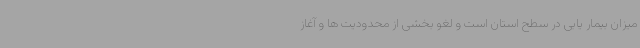
میزان بیمار یابی در سطح استان است و لغو بخشی از محدودیت ها و آغاز